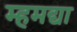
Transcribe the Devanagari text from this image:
म्हमद्या